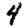
Digit: 4